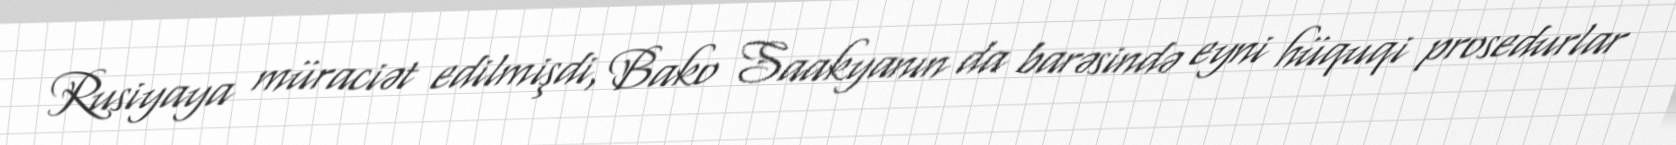
Rusiyaya müraciət edilmişdi, Bako Saakyanın da barəsində eyni hüquqi prosedurlar